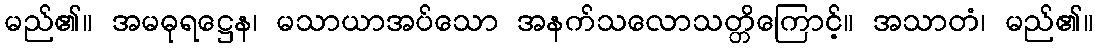
မည်၏။ အမဓုရဋ္ဌေန၊ မသာယာအပ်သော အနက်သလောသတ္တိကြောင့်။ အသာတံ၊ မည်၏။